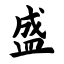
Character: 盛